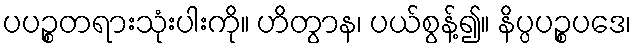
ပပဉ္စတရားသုံးပါးကို။ ဟိတွာန၊ ပယ်စွန့်၍။ နိပ္ပပဉ္စပဒေ၊